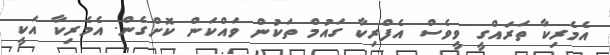
އެމެރިކާ ތަރައްގީީ ވީވެސް އެފްރިކާ ގައުމް ތަކުން ވައްކަން ކޮށްގެން. އެމެރިކާ އަކީ